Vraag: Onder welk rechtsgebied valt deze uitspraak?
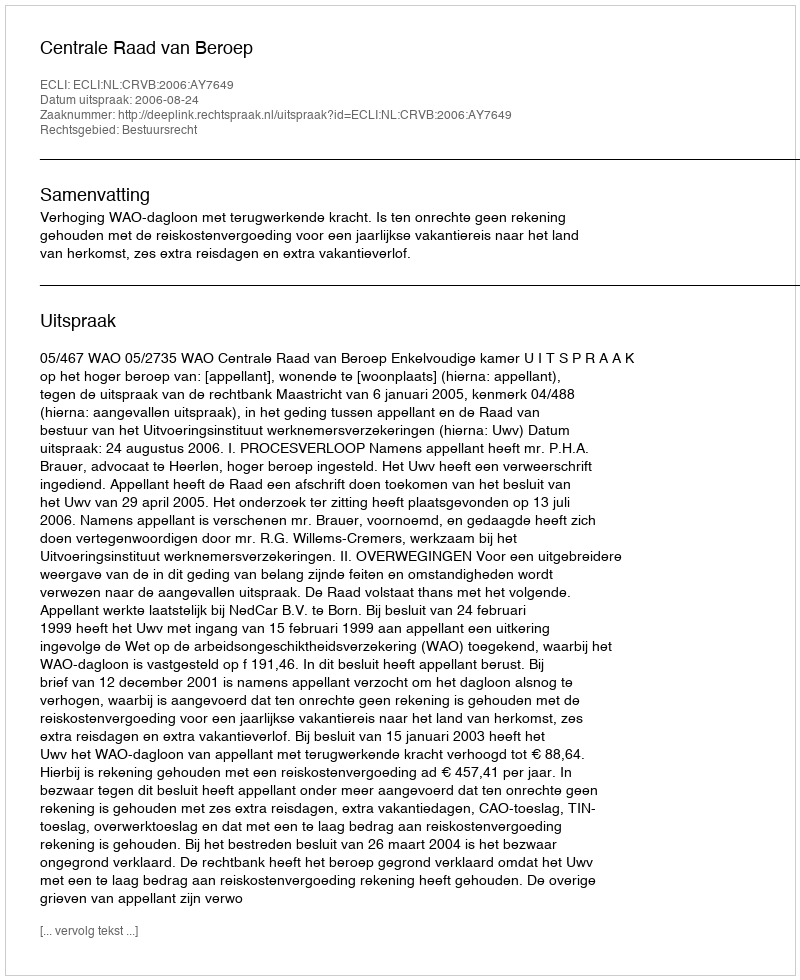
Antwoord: Bestuursrecht